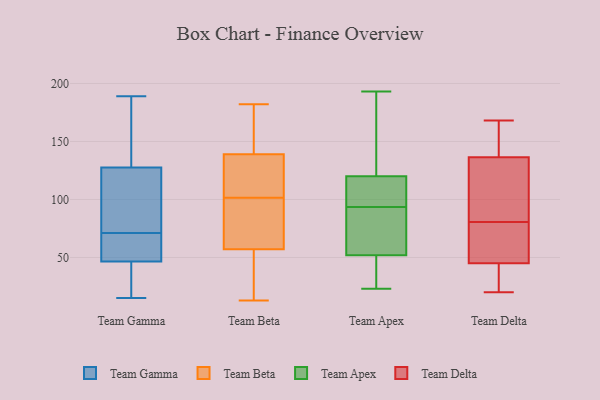
{"axis": {"x": "Budget (USD K)", "y": "Value"}, "legend": ["Team Apex", "Team Beta", "Team Delta", "Team Gamma"], "data": [{"x": "", "y": 70, "type": "Team Gamma"}, {"x": "", "y": 70, "type": "Team Gamma"}, {"x": "", "y": 189, "type": "Team Gamma"}, {"x": "", "y": 50, "type": "Team Gamma"}, {"x": "", "y": 171, "type": "Team Gamma"}, {"x": "", "y": 74, "type": "Team Gamma"}, {"x": "", "y": 182, "type": "Team Gamma"}, {"x": "", "y": 84, "type": "Team Gamma"}, {"x": "", "y": 43, "type": "Team Gamma"}, {"x": "", "y": 32, "type": "Team Gamma"}, {"x": "", "y": 32, "type": "Team Gamma"}, {"x": "", "y": 72, "type": "Team Gamma"}, {"x": "", "y": 89, "type": "Team Gamma"}, {"x": "", "y": 15, "type": "Team Gamma"}, {"x": "", "y": 166, "type": "Team Gamma"}, {"x": "", "y": 51, "type": "Team Gamma"}, {"x": "", "y": 13, "type": "Team Beta"}, {"x": "", "y": 139, "type": "Team Beta"}, {"x": "", "y": 71, "type": "Team Beta"}, {"x": "", "y": 152, "type": "Team Beta"}, {"x": "", "y": 57, "type": "Team Beta"}, {"x": "", "y": 56, "type": "Team Beta"}, {"x": "", "y": 118, "type": "Team Beta"}, {"x": "", "y": 119, "type": "Team Beta"}, {"x": "", "y": 182, "type": "Team Beta"}, {"x": "", "y": 85, "type": "Team Beta"}, {"x": "", "y": 82, "type": "Team Apex"}, {"x": "", "y": 56, "type": "Team Apex"}, {"x": "", "y": 193, "type": "Team Apex"}, {"x": "", "y": 127, "type": "Team Apex"}, {"x": "", "y": 52, "type": "Team Apex"}, {"x": "", "y": 120, "type": "Team Apex"}, {"x": "", "y": 100, "type": "Team Apex"}, {"x": "", "y": 118, "type": "Team Apex"}, {"x": "", "y": 43, "type": "Team Apex"}, {"x": "", "y": 23, "type": "Team Apex"}, {"x": "", "y": 87, "type": "Team Apex"}, {"x": "", "y": 116, "type": "Team Apex"}, {"x": "", "y": 123, "type": "Team Apex"}, {"x": "", "y": 23, "type": "Team Apex"}, {"x": "", "y": 110, "type": "Team Delta"}, {"x": "", "y": 138, "type": "Team Delta"}, {"x": "", "y": 52, "type": "Team Delta"}, {"x": "", "y": 55, "type": "Team Delta"}, {"x": "", "y": 145, "type": "Team Delta"}, {"x": "", "y": 28, "type": "Team Delta"}, {"x": "", "y": 20, "type": "Team Delta"}, {"x": "", "y": 80, "type": "Team Delta"}, {"x": "", "y": 33, "type": "Team Delta"}, {"x": "", "y": 70, "type": "Team Delta"}, {"x": "", "y": 150, "type": "Team Delta"}, {"x": "", "y": 81, "type": "Team Delta"}, {"x": "", "y": 38, "type": "Team Delta"}, {"x": "", "y": 135, "type": "Team Delta"}, {"x": "", "y": 117, "type": "Team Delta"}, {"x": "", "y": 168, "type": "Team Delta"}]}